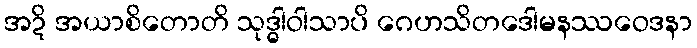
အဍိ အယာစိတောတိ သုဒ္ဓါဝါသာပိ ဂေဟသိတဒေါမနဿဝေဒနာ